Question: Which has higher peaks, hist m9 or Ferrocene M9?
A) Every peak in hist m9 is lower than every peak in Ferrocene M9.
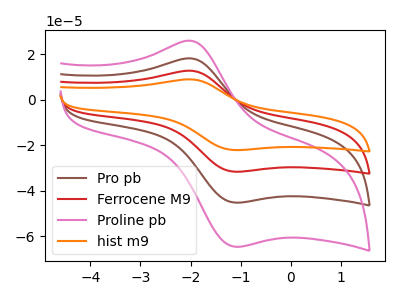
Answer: <think>The brown curve "Pro pb" has an anodic peak at (-1.95V, 25.15uA) and a cathodic peak at (-1.00V, -63.40uA). The red curve "Ferrocene M9" has an anodic peak at (-1.95V, 12.60uA) and a cathodic peak at (-1.00V, -31.70uA). The pink curve "Proline pb" has an anodic peak at (-1.95V, 37.75uA) and a cathodic peak at (-1.00V, -95.05uA). The orange curve "hist m9" has an anodic peak at (-1.95V, 8.80uA) and a cathodic peak at (-1.00V, -22.20uA).</think>
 <answer>A) Every peak in "hist m9" is lower than every peak in "Ferrocene M9".</answer>
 <eval>A</eval>